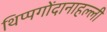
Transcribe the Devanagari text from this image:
थिप्पगोंदानाहल्ली